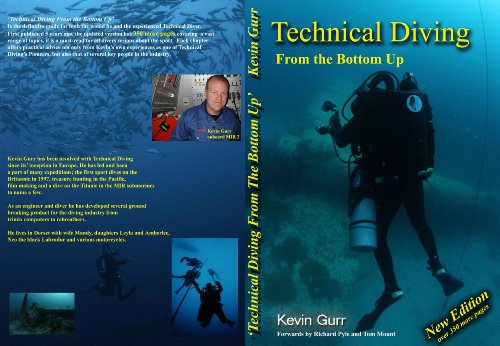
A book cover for Technical Diving from the Bottom Up; Kevin Gurr; Sports & Outdoors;